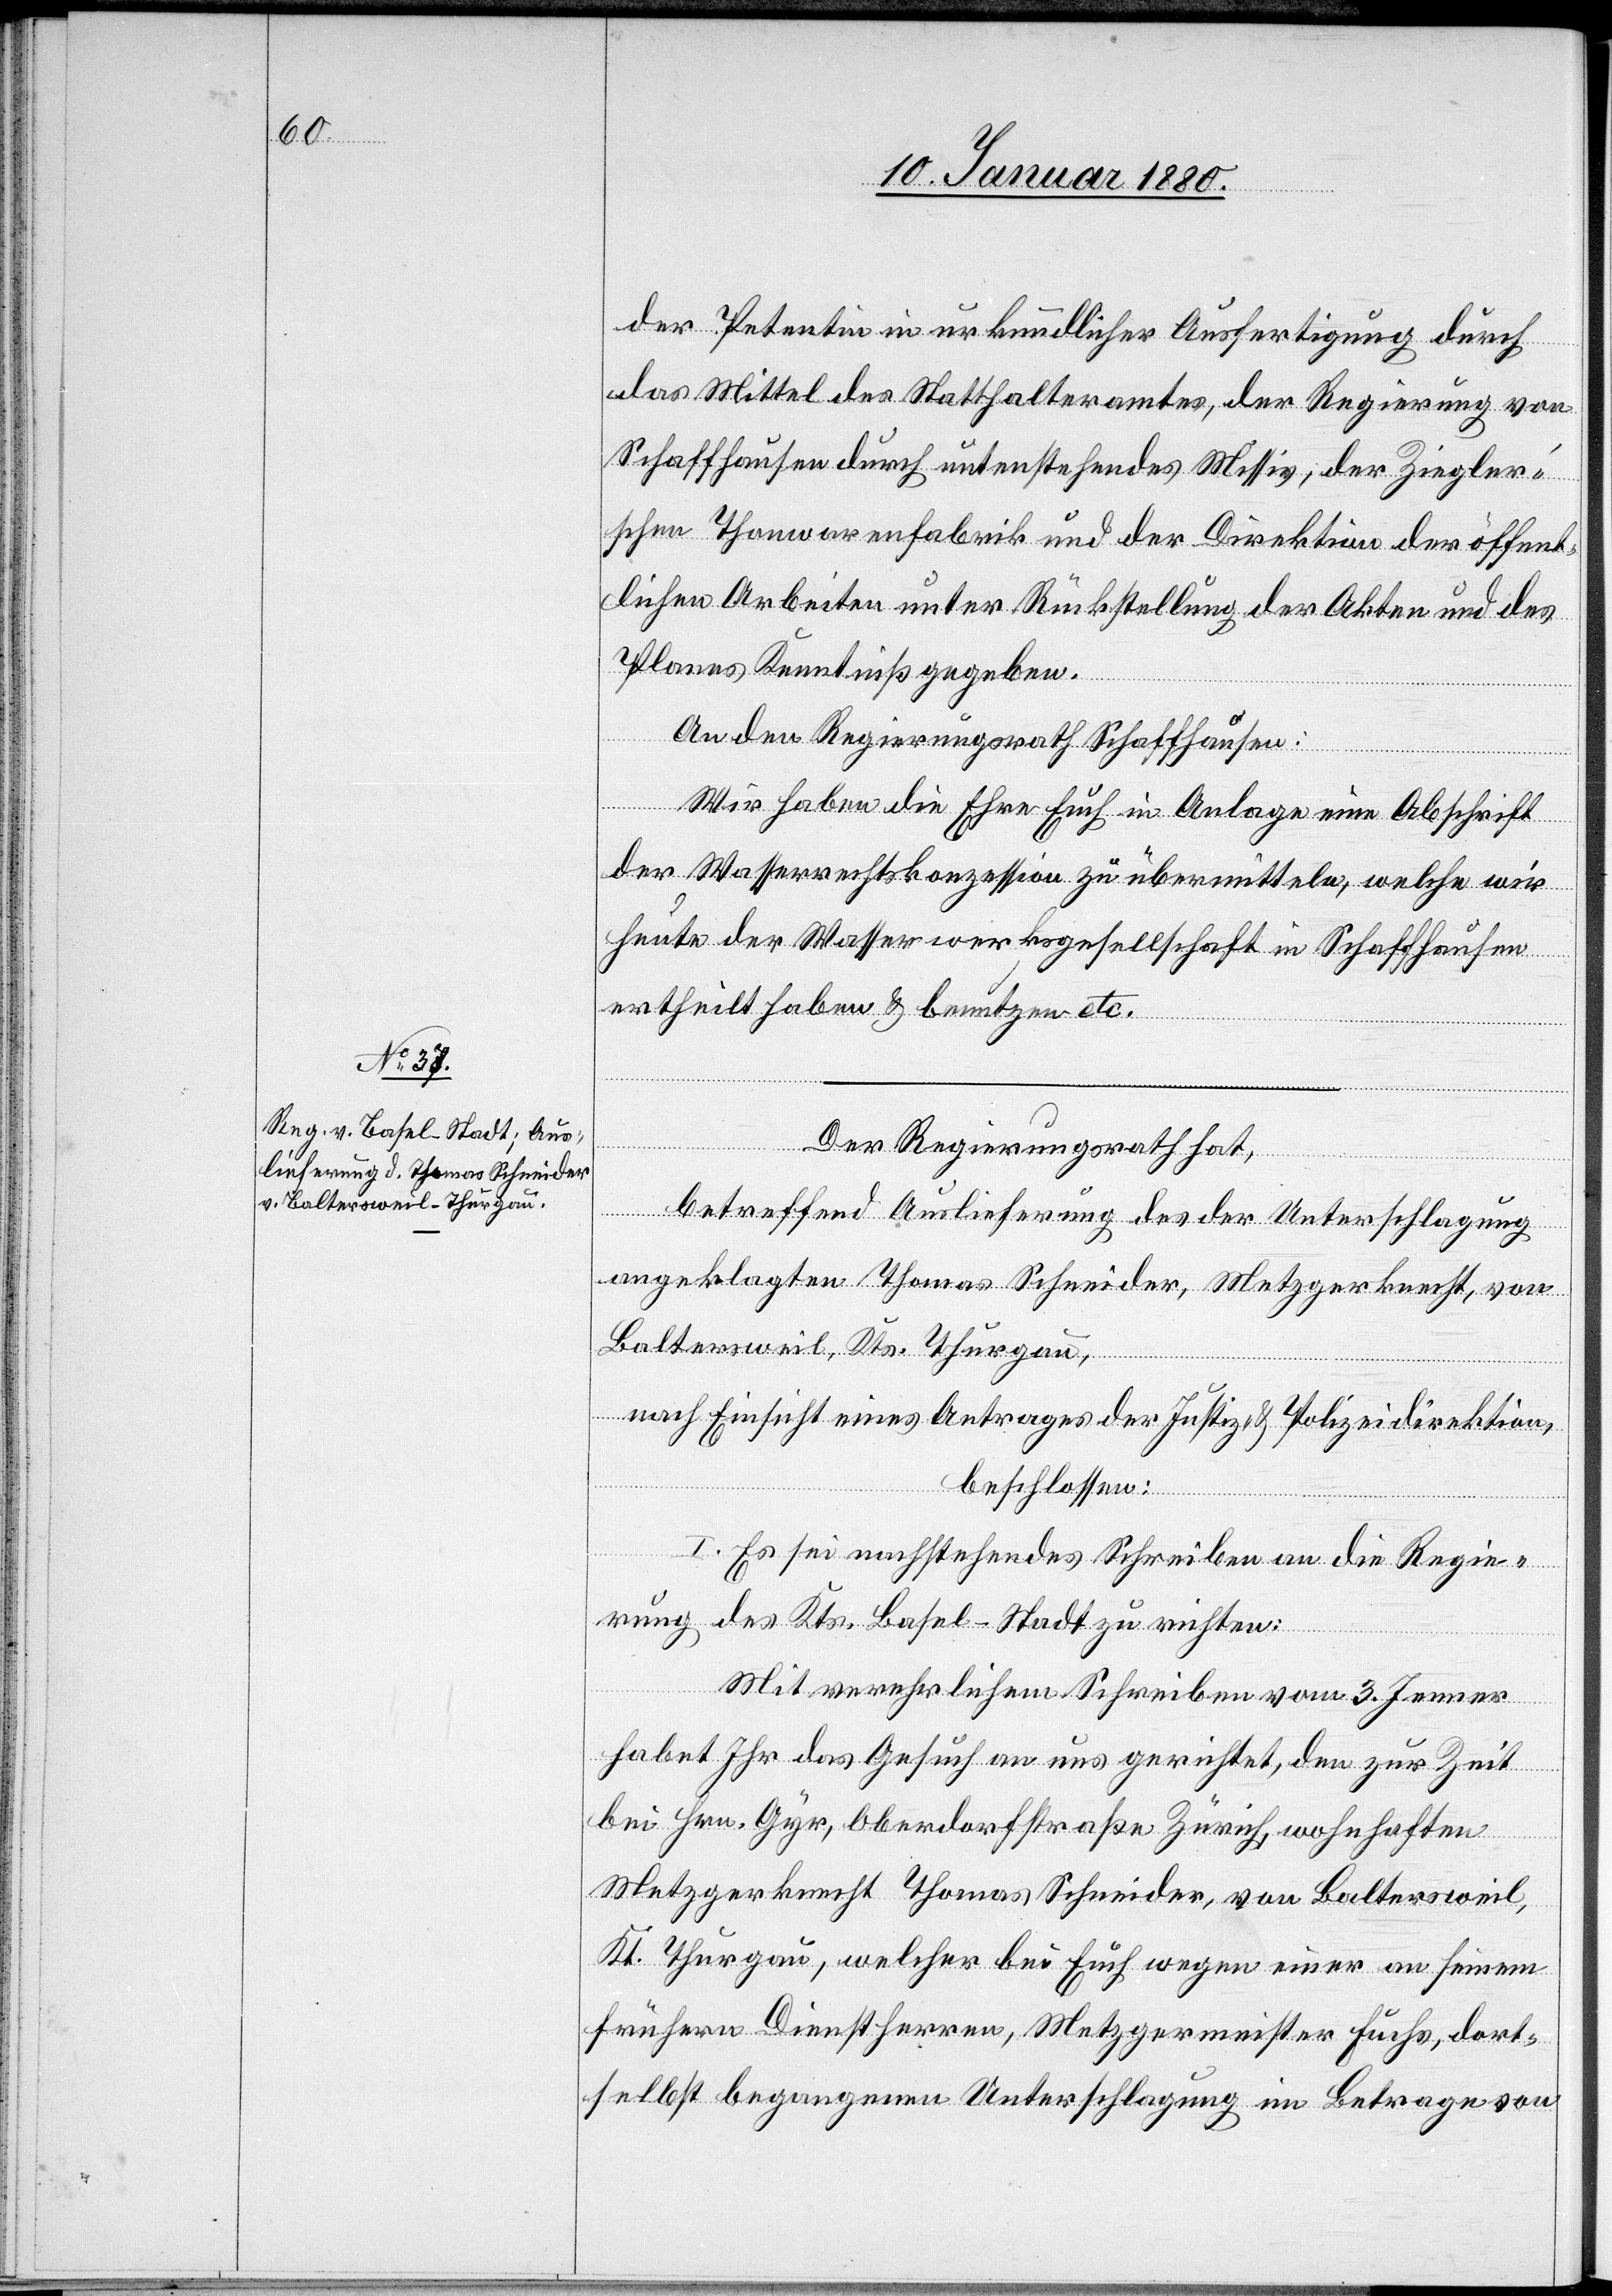
der Petentin in urkundlicher Ausfertigung durch
das Mittel des Statthalteramtes, der Regierung von
Schaffhausen durch untenstehendes Missiv, der Ziegler’s¬
chen Thonwaarenfabrik und der Direktion der öffent¬
lichen Arbeiten unter Rückstellung der Akten und des
Planes Kenntniß gegeben.
An den Regierungsrath Schaffhausen:
Wir haben die Ehre Euch in Anlage eine Abschrift
der Wasserrechtskonzession zu übermitteln, welche wir
heute der Wasserwerksgesellschaft in Schaffhausen
ertheilt haben & benutzen etc.
Der Regierungsrath hat,
betreffend Auslieferung des der Unterschlagung
angeklagten Thomas Schneider, Metzgerknecht, von
Baltersweil, Kts. Thurgau,
nach Einsicht eines Antrages der Justiz- & Polizeidirektion,
beschlossen:
I. Es sei nachstehendes Schreiben an die Regie¬
rung des Kts. Basel-Stadt zu richten:
Mit verehrlichem Schreiben vom 3. Jenner
habet Ihr das Gesuch an uns gerichtet, den zur Zeit
bei Hrn. Gyr, Oberdorfstraße Zürich, wohnhaften
Metzgerknecht Thomas Schneider, von Baltersweil,
Kt. Thurgau, welcher bei Euch wegen einer an seinem
frühern Dienstherren, Metzgermeister Fuchs, dort¬
selbst begangenen Unterschlagung im Betrage von